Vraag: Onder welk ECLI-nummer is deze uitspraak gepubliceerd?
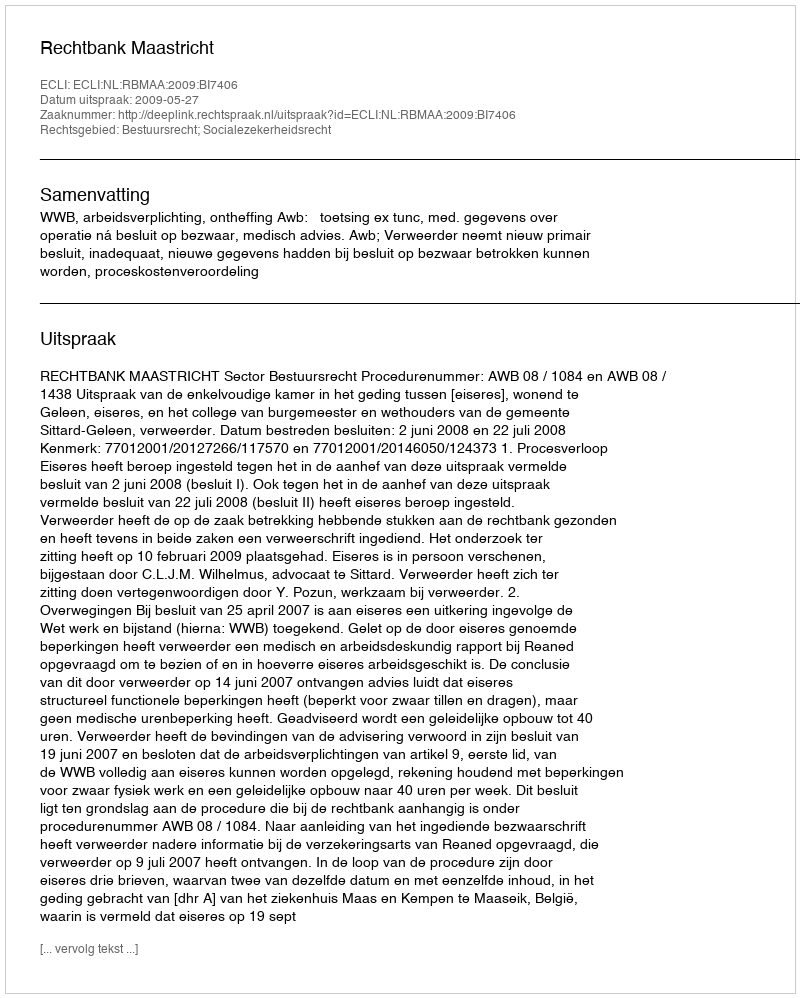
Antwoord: ECLI:NL:RBMAA:2009:BI7406